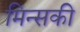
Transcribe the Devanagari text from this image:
मिन्सकी